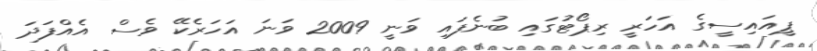
ޕީއައިސީގެ އަހަރީ ރިޕޯޓުގައި ބުނެފައި ވަނީ 2009 ވަނަ އަހަރެކޭ ވެސް އެއްފަދަ